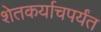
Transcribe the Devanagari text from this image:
शेतकर्याचपर्यंत